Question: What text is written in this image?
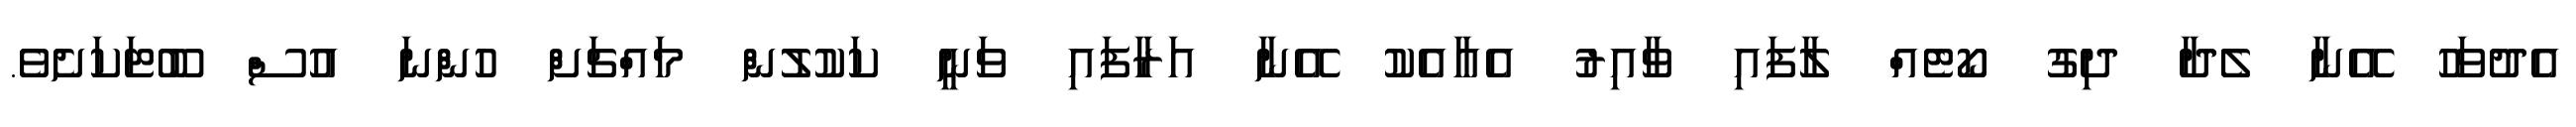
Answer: އެދުވަހު އޭނާ ލެދާ ދިގު ކޯޓެއް ލާފައި ވާއިރު އެއާއެކު އޭނާ އަރާފައި ވަނީ ކަކުލުން މައްޗަށް ހުންނަ އުސް ބޫޓަކަށެވެ.